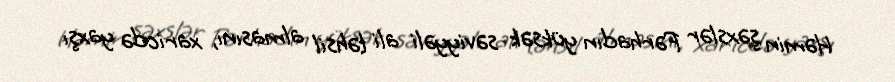
Həmin şəxslər Fərhadın yüksək səviyyəli ali təhsil almasını, xaricdə yaxşı